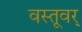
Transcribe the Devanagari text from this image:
वस्तूवर्